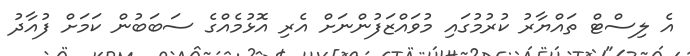
އެ ލިސްޓް ތައްޔާރު ކުރުމުގައި މުވައްޒަފުންނަށް އެރި އޮޅުމެއްގެ ސަބަބުން ކަމަށް ފުއާދު